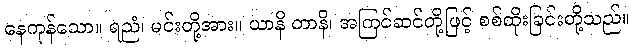
နေကုန်သော။ ရညံ၊ မင်းတို့အား။ ယာနိ တာနိ၊ အကြင်ဆင်တို့ဖြင့် စစ်ထိုးခြင်းတို့သည်။